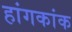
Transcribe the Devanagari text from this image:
हांगकांक